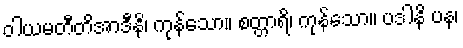
ဝါယမတီတိအာဒီနိ၊ ကုန်သော။ စတ္တာရိ၊ ကုန်သော။ ပဒါနိ ပန၊